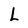
Character: L